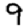
Digit: 9